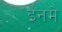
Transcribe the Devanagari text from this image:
ईनमे